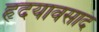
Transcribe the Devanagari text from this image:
हृदयावसाद